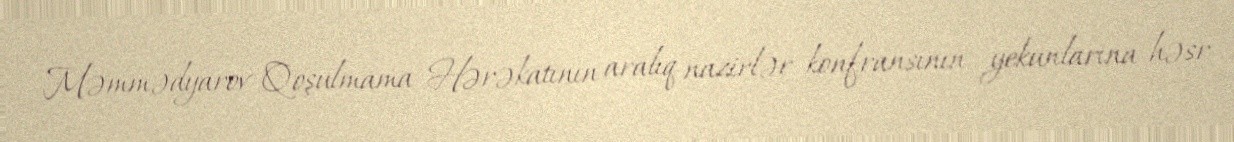
Məmmədyarov Qoşulmama Hərəkatının aralıq nazirlər konfransının yekunlarına həsr